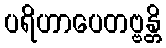
ပရိဟာပေတဗ္ဗန္တိ